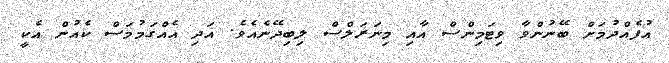
އުފެއްދުމަށް ބޭނުންވާ ވިޓަމިންސް އާއި މިނަރަލްސް ލިބިދޭނެއެވެ. އަދި އެއްގަމުމަސް ކެއުން އެކީ